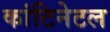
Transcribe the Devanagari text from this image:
कांटिनेटल